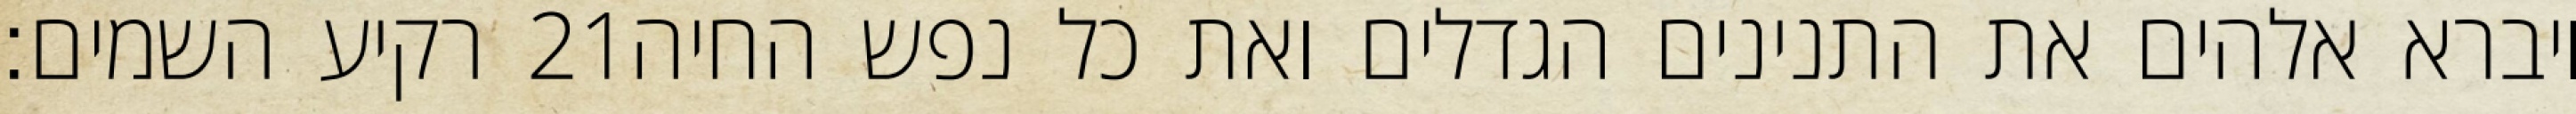
רקיע השמים׃ ‎21‏ ויברא אלהים את התנינים הגדלים ואת כל נפש החיה